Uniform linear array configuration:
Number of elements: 4
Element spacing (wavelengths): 0.25
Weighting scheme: kaiser
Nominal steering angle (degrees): -30
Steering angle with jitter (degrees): -29.981
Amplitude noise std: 0.05
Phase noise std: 0.05

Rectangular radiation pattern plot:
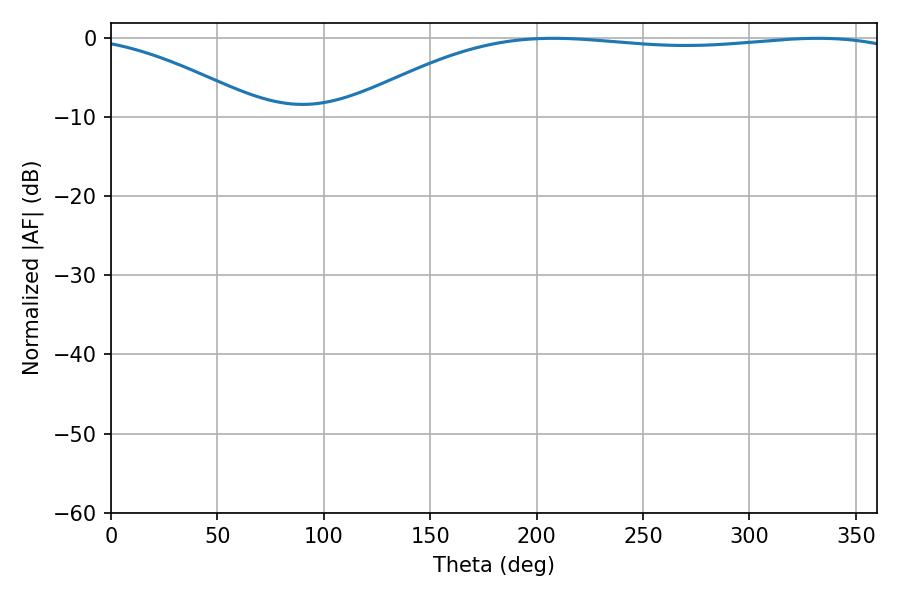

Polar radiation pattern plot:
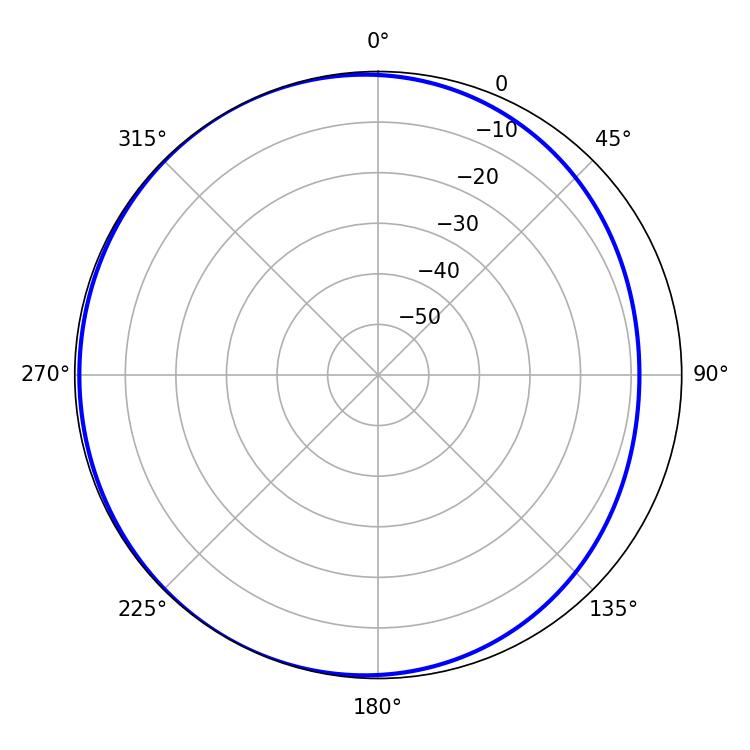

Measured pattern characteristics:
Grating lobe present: FALSE
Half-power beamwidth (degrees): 208.8
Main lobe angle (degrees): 207.9